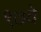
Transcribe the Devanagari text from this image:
९७वे